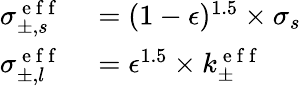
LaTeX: \begin{array}{rl}{\sigma_{\pm,s}^{\mathrm{~e~f~f~}}}&{{}=(1-\epsilon)^{1.5}\times\sigma_{s}}\\ {\sigma_{\pm,l}^{\mathrm{~e~f~f~}}}&{{}=\epsilon^{1.5}\times k_{\pm}^{\mathrm{~e~f~f~}}}\end{array}